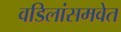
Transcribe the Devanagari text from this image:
वडिलांसमवेत